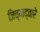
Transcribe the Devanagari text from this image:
जिच्याद्वारे